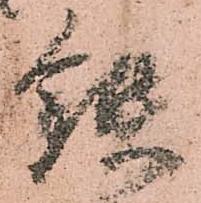
鐵